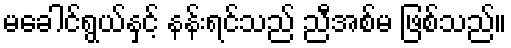
မခေါင်ရွယ်နှင့် နန်းရင်သည် ညီအစ်မ ဖြစ်သည်။